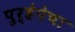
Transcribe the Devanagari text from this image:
पुर्हेपेचा